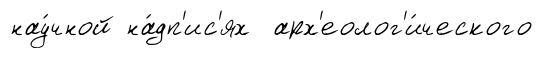
нау́чной на́дп'ис'ях арх'еолог'и́ческого